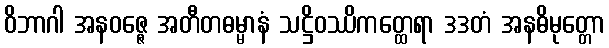
ဝိဘာဂါ အနဝဇ္ဇေ အတီတဓမ္မာနံ သဋ္ဌိဝဿိကတ္ထေရာ ဒဒတံ အနဓိမုတ္တော